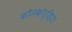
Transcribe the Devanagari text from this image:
कौनकोर्डिया